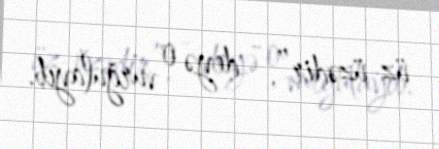
üz-üzədir”, - deyə o vurğulayıb.